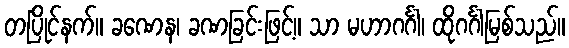
တပြိုင်နက်။ ခဏေန၊ ခဏခြင်းဖြင့်။ သာ မဟာဂင်္ဂါ၊ ထိုဂင်္ဂါမြစ်သည်။